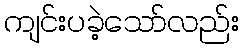
ကျင်းပခဲ့သော်လည်း